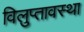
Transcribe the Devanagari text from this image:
विलुप्‍तावस्‍था